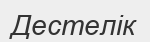
Дестелік